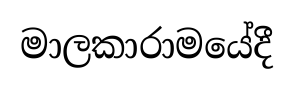
මාලකාරාමයේදී